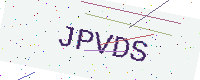
Text: JPVDS